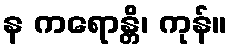
န ကရောန္တိ၊ ကုန်။